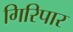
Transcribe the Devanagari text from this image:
गिरिपार